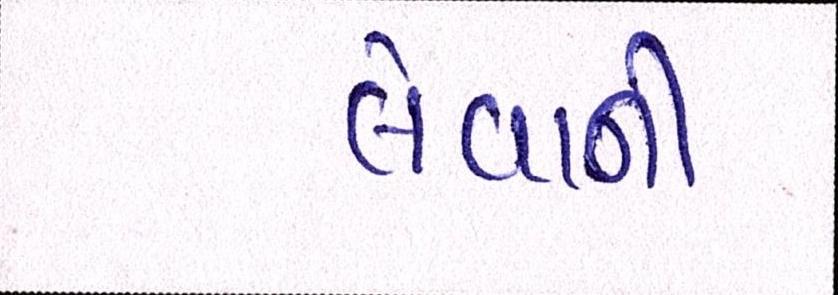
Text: લેવાની